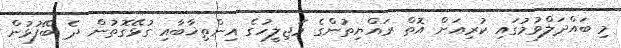
މި ބައްދަލްވުމުގައި ކުރިއަށް އޮތް ރައްޔިތުންގެ މަޖިލީހުގެ އިންތިޚާބާއި ގުޅޭގޮތުން ދެ ބޭފުޅުން